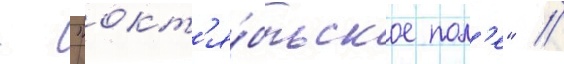
- "окт'я́брьское пол'е" //